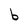
Character: b